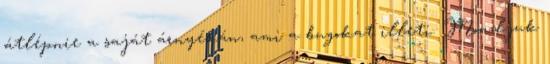
átlépnie a saját árnyékán, ami a bugokat illeti. Mondjuk